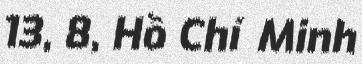
13, 8, Hồ Chí Minh